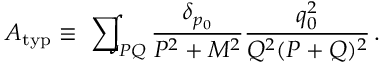
A _ { \mathrm { t y p } } \equiv \mathrm { ~ \sum ~ } \! \! \! \! \! \! \int _ { P Q } { \frac { \delta _ { p _ { 0 } } } { P ^ { 2 } + M ^ { 2 } } } { \frac { q _ { 0 } ^ { 2 } } { Q ^ { 2 } ( P + Q ) ^ { 2 } } } \, .